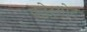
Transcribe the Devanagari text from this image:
फोरगोट